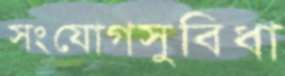
সংযোগসুবিধা